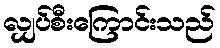
လျှပ်စီးကြောင်းသည်